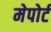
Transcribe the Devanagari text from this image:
मेपोर्ट